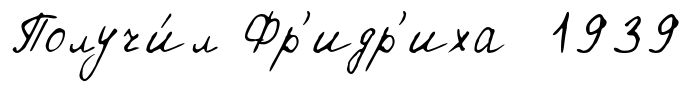
Получи́л Фр'идр'иха 1939